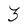
Character: 3